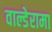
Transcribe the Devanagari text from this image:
वाल्डेरामा